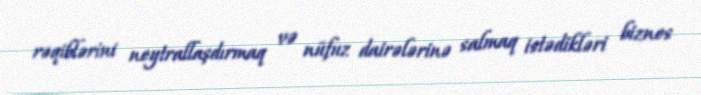
rəqiblərini neytrallaşdırmaq və nüfuz dairələrinə salmaq istədikləri biznes